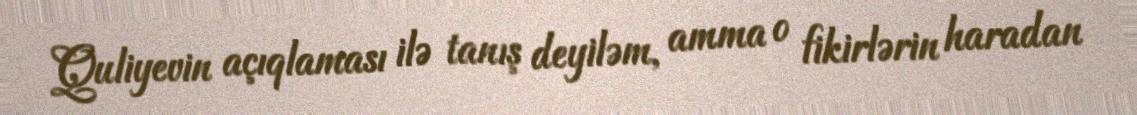
Quliyevin açıqlaması ilə tanış deyiləm, amma o fikirlərin haradan